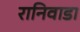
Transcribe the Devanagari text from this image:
रानिवाडा